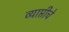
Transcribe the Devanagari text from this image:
व्याप्तीचे